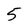
Character: 5